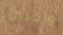
واجبى